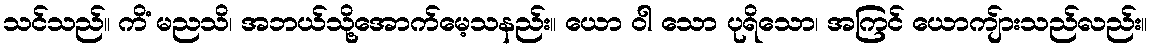
သင်သည်။ ကိံ မညသိ၊ အဘယ်သို့အောက်မေ့သနည်း။ ယော ဝါ သော ပုရိသော၊ အကြင် ယောကျ်ားသည်လည်း။